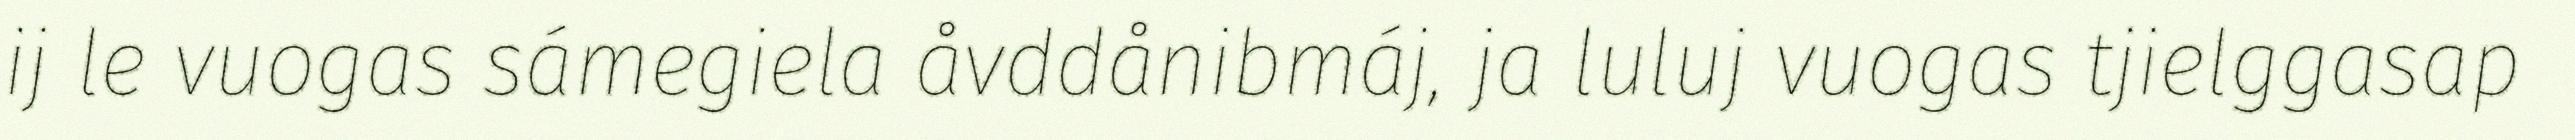
ij le vuogas sámegiela åvddånibmáj, ja luluj vuogas tjielggasap